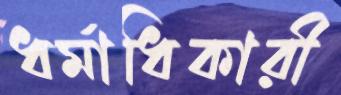
ধর্মাধিকারী